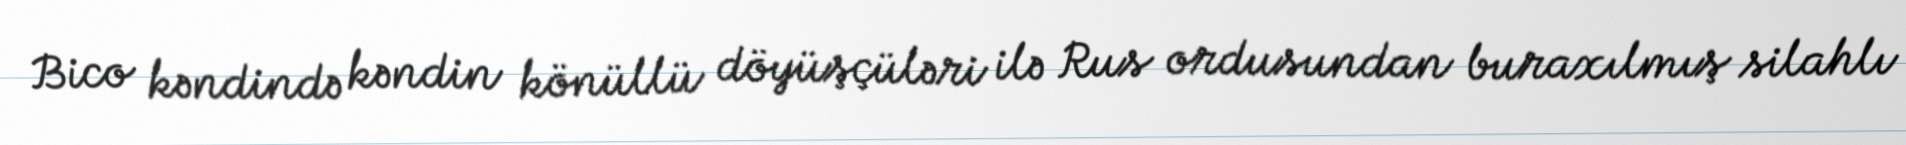
Bico kəndində kəndin könüllü döyüşçüləri ilə Rus ordusundan buraxılmış silahlı